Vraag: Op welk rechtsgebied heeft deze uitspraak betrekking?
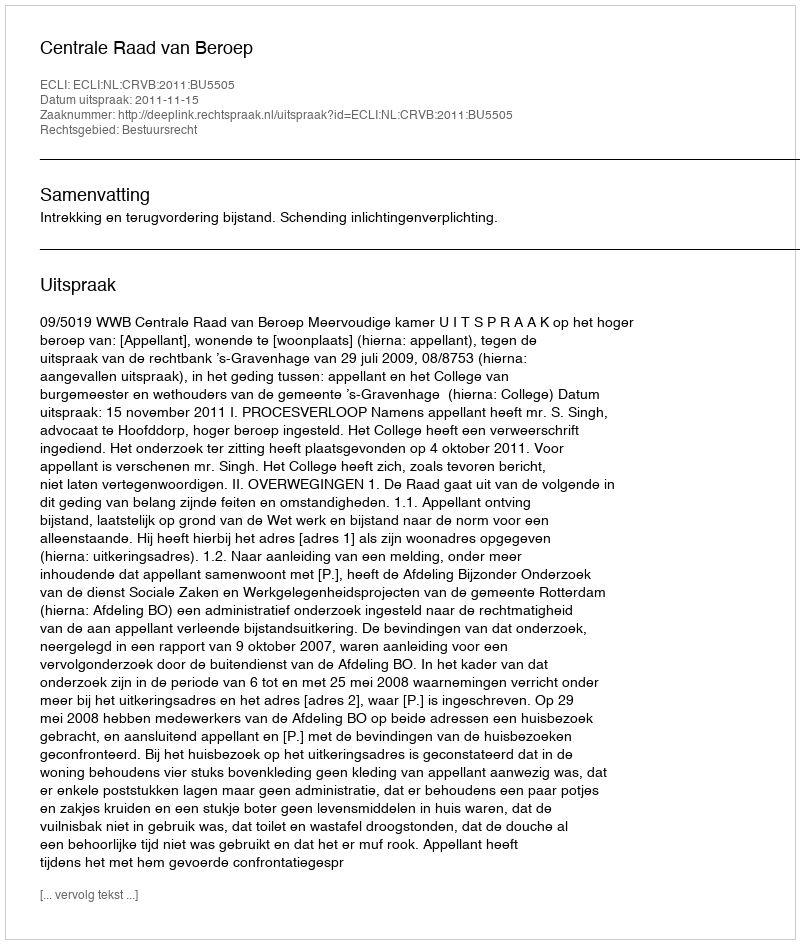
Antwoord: Bestuursrecht